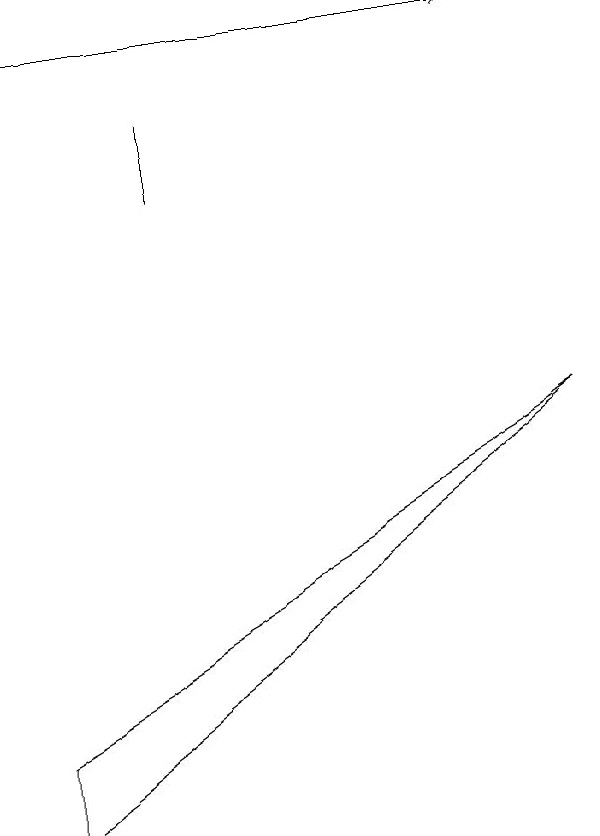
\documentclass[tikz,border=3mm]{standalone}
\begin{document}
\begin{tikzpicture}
\draw (3,12) rectangle (3,13);
\draw (1,4) -- (8,9) -- (1,5) -- cycle;
\draw[->] (1,14) -- (7,14);
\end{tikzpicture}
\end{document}